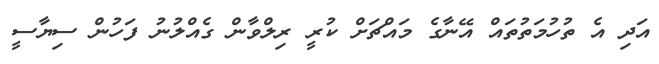
އަދި އެ ތުހުމަތުތައް އޭނާގެ މައްޗަށް ކުރީ ރިލްވާން ގެއްލުނު ފަހުން ސިޔާސީ